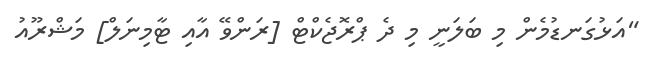
"އަޅުގަނޑުމެން މި ބަލަނީ މި ދެ ޕްރޮޖެކްޓް [ރަންވޭ އާއި ޓާމިނަލް] މަޝްރޫއު